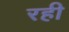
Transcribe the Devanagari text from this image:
रही